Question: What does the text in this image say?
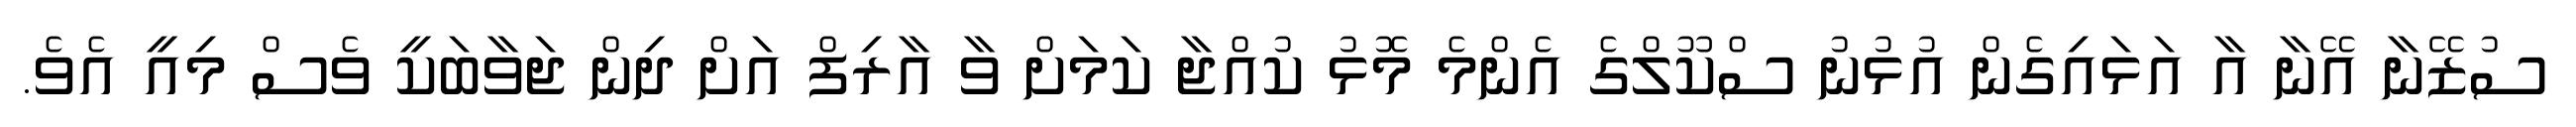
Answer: ސުޒޭނާ އޭނާ އާ އަޅައިގެން އުޅުނު ސްކޫލްގެ އެންމެ މޮޅު ކުއްޖާ ކަމަށް ވާ އާރިފް އަށް ދިން ޖަވާބަކީ ވެސް މިއީ އެވެ.